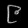
Digit: ၉